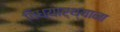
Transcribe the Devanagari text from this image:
विध्यार्थ्याना